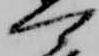
可